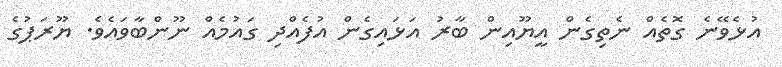
އުޅެވޭނެ ގޮތެއް ނެތިގެން އީޔޫއިން ބާރު އަޅައިގެން އުފެއްދި ގައުމެއް ނޫންބާވައެވެ. ޔޫރަޕުގެ